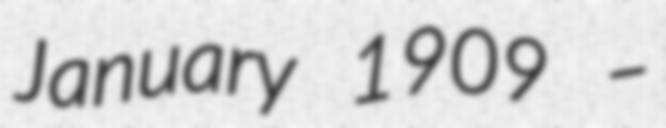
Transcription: January 1909 –